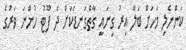
ކަންނެލި މަހަށް ބަލާ އިރު ގިނައީ ގާތްގަނޑަކަށް ދެ ފޫޓު ހުންނަ ވަރުގެ